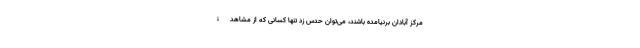
مرکز آبادان برنیامده باشند، می‌توان حدس زد تنها کسانی که از مشاهدۀ